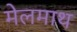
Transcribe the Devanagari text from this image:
मेलमाथ